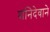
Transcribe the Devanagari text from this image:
शनिदेवाने